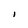
Character: l